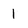
Character: 1